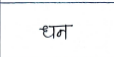
मजकूर: धन